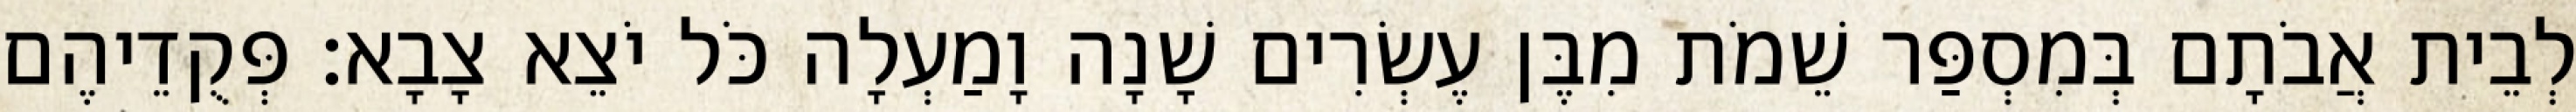
לְבֵית אֲבֹתָם בְּמִסְפַּר שֵׁמֹת מִבֶּן עֶשְׂרִים שָׁנָה וָמַעְלָה כֹּל יֹצֵא צָבָא׃ פְּקֻדֵיהֶם